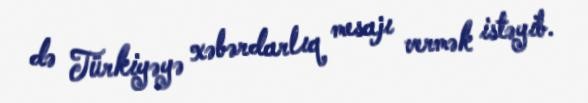
də Türkiyəyə xəbərdarlıq mesajı vermək istəyib.